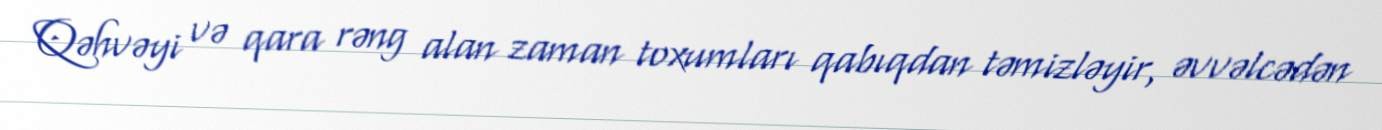
Qəhvəyi və qara rəng alan zaman toxumları qabıqdan təmizləyir, əvvəlcədən